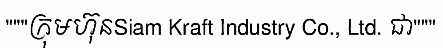
"""ក្រុមហ៊ុនSiam Kraft Industry Co., Ltd. ជា"""